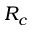
R _ { c }